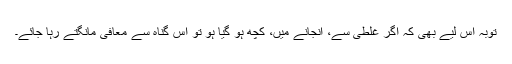
توبہ اس لیے بھی کہ اگر غلطی سے، انجانے میں، کچھ ہو گیا ہو تو اس گناہ سے معافی مانگتے رہا جائے۔